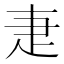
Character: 疌